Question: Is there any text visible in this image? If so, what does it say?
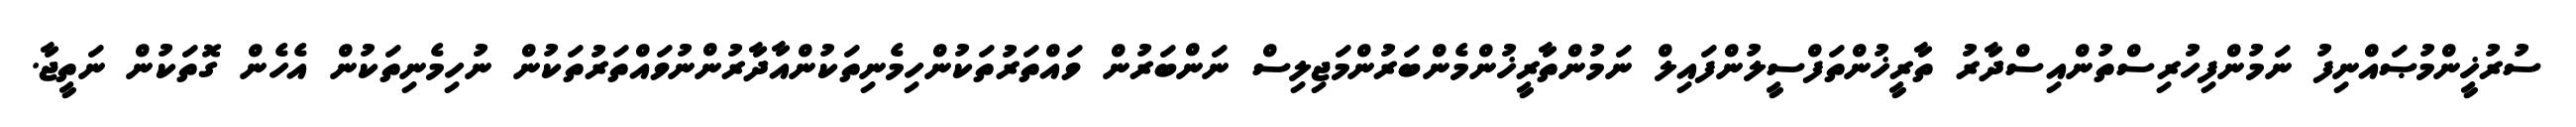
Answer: ސުރުޚީންމުޞައްނިފު ނަމުންފިހުރިސްތުންއިސްދާރު ތާރީޚުންތަފްސީލުންފައިލް ނަމުންތާރީޚުންމެންބަރުންމަޖިލިސް ނަންބަރުން ވައްތަރުތަކުންހިމެނިތަކުންއާދާރުންނުވައްތަރުތަކުން ނުހިމެނިތަކުން އެހެން ގޮތަކުން ނަތީޖާ.